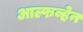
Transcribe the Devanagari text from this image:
आल्फव्हेन